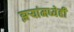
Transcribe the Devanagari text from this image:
झऱ्यांमध्येही